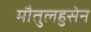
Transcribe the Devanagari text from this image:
मौतुलहुसेन